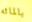
بالمائه